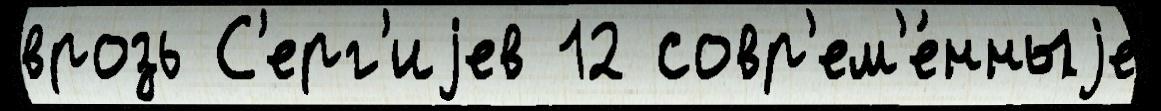
врозь С'ерг'иjев 12 совр'ем'е́нныjе